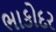
ભાકોદર